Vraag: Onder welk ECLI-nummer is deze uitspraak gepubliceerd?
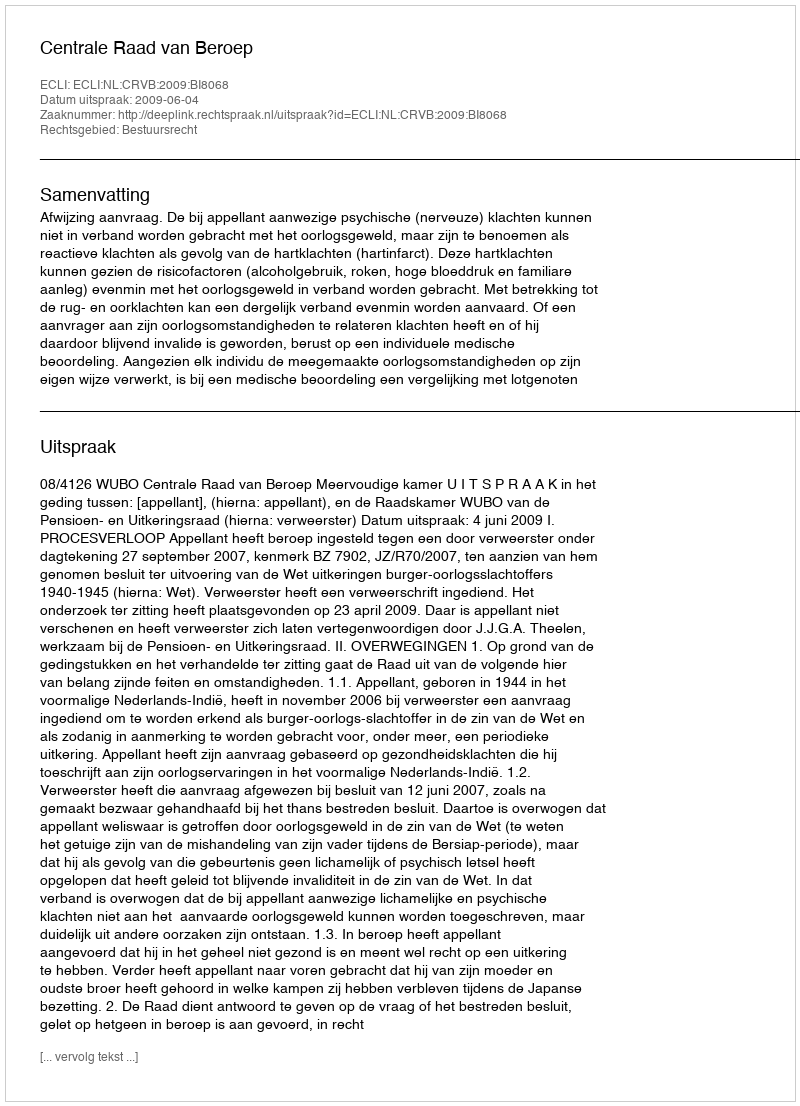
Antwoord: ECLI:NL:CRVB:2009:BI8068